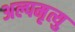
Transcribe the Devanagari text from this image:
अल्पमृत्यु